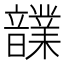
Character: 𩑃